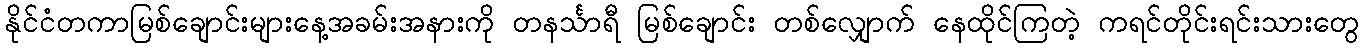
နိုင်ငံတကာမြစ်ချောင်းများနေ့အခမ်းအနားကို တနင်္သာရီ မြစ်ချောင်း တစ်လျှောက် နေထိုင်ကြတဲ့ ကရင်တိုင်းရင်းသားတွေ